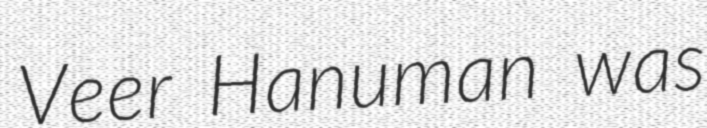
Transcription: Veer Hanuman was